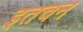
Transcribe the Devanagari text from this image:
इतचन